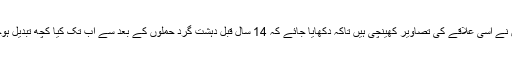
ڈونووین نے اسی علاقے کی تصاویر کھینچی ہیں تاکہ دکھایا جائے کہ 14 سال قبل دہشت گرد حملوں کے بعد سے اب تک کیا کچھ تبدیل ہوچکا ہے۔